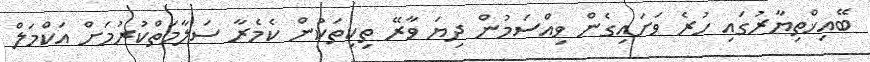
ބޭއިޚްތިޔާރުގައި ހުރެ ވަށައިގެން ވިއްސަމުން ދިޔަ ވާރޭ ތިކިތަކުން ކެމެރާ ސަލާމަތްކުރުމަށް އަކްމަލް